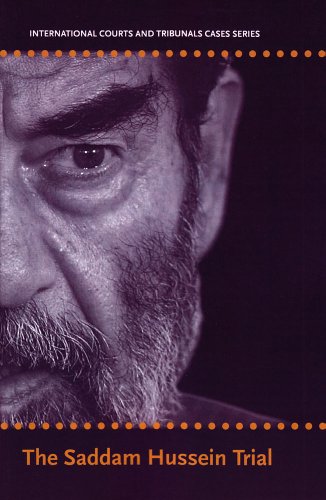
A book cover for International Courts and Tribunals Cases Series: Volume 3: The Sadam Hussein Trial; Law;